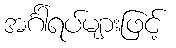
အင်္ဂါရပ်များဖြင့်